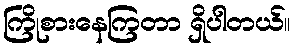
ကြိုစားနေကြတာ ရှိပါတယ်။